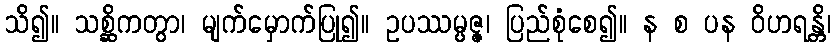
သိ၍။ သစ္ဆိကတွာ၊ မျက်မှောက်ပြု၍။ ဥပဿမ္ပဇ္ဇ၊ ပြည်စုံစေ၍။ န စ ပန ဝိဟရန္တိ၊